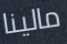
مالينا